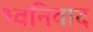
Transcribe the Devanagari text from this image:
ध्वनिवाद